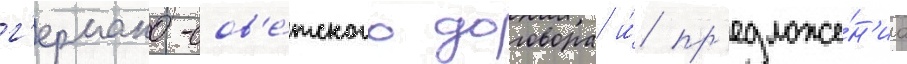
г'ермано-сов'е́тского договора и́ пр'едложе́н'иа